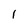
Character: 1